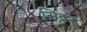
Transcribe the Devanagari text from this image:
सिट्टर